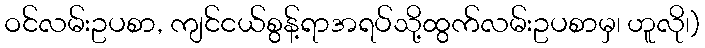
ဝင်လမ်းဥပစာ, ကျင်ငယ်စွန့်ရာအရပ်သို့ထွက်လမ်းဥပစာမှ၊ ဟူလို၊)